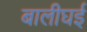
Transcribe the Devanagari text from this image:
बालीघई